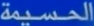
الحصيمة